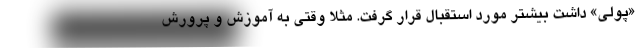
«پولی» داشت بیشتر مورد استقبال قرار گرفت. مثلا وقتی به آموزش و پرورش